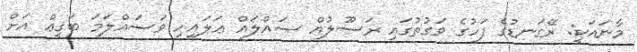
މާނައަކީ: ރޭގަނޑުގެ ފަހުގެ ވަގުތުގައި ރަސޫލުއް ޞައްލައް ޢަލައިހި ވަސައްލަމަ ބަޤީޢް އަށް